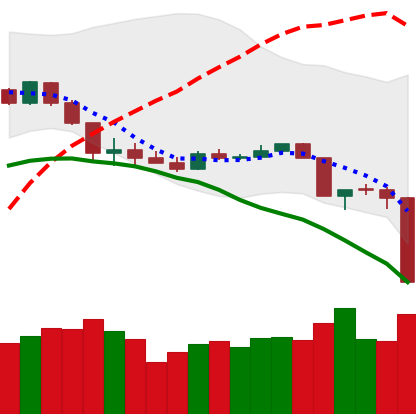
Ticker: XLM-USD
Chart end date: 2020-03-12
Forward return: 10.104%
Label: up_7plus